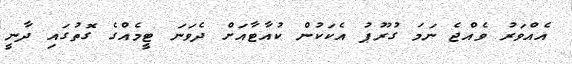
އެއްވަރު ވެއްޖެ ނަމަ ގުރޫޕު އެކަކުން ކުއާޓާއަށް ދެވަނަ ޓީމެއްގެ ގޮތުގައި ދާނީ